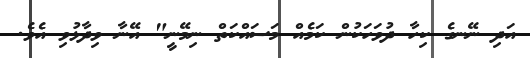
އަދި ނޭނގެ ކިހާ ދުވަހަކުން ކަމެއް މަސައްކަތް ނިމޭނީ" އޭނާ ވިދާޅުވި އެވެ.